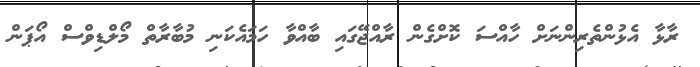
ރާޅާ އެޅުންތެރިންނަށް ހާއްސަ ކޮށްގެން ރާއްޖޭގައި ބާއްވާ ހަމައެކަނި މުބާރާތް މޯލްޑިވްސް އޯޕަން